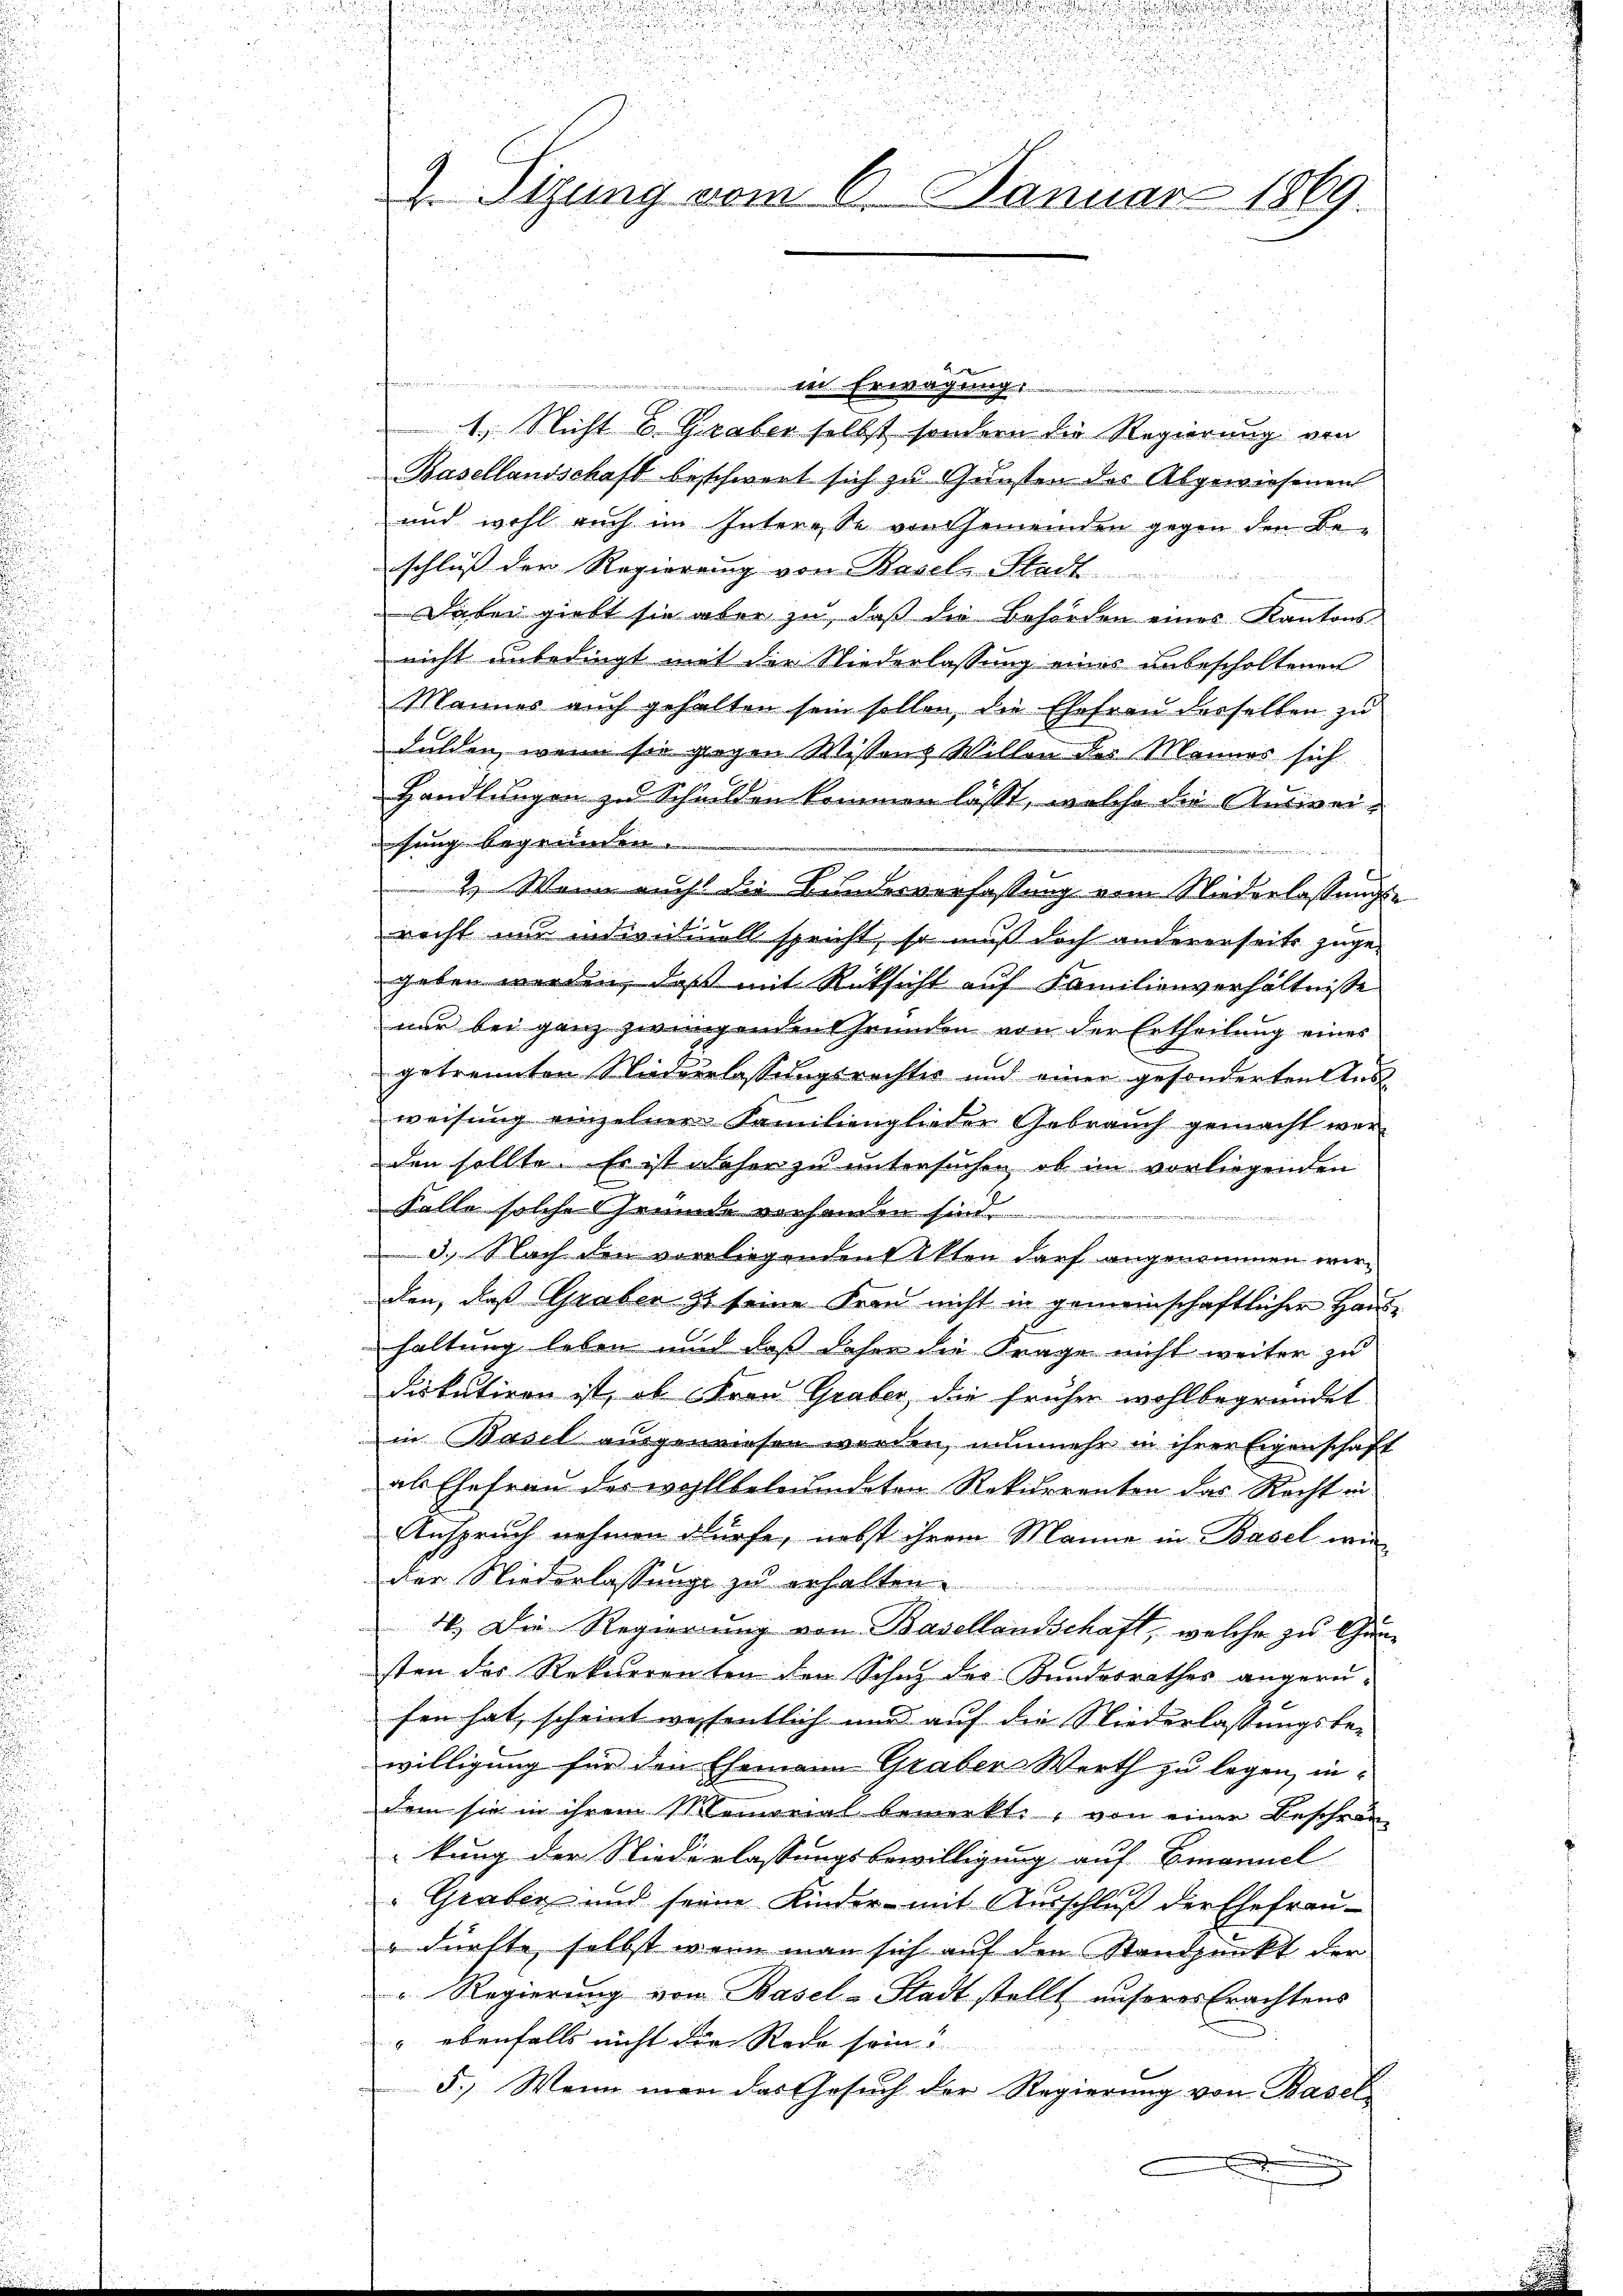
.

2. Sitzung vom 6. Januar 1869.

u

d
n

.
in Erwägung
a
1.) Nicht & Graber selbst sondern die Regierung von
Basellandschaft beschwert sich zu Gunsten des Abgewiesenen
und wohl auch im Interese von Gemeinden gegen den Beschluß der Regierung von Basel-Stadt
Dabei giebt sie aber zu, daß die Behörden eines Kantons
nicht unbedingt mit der Niederlassung eines unbescholtenen
Mannes auch gehalten sein sollen, die Ehefrau derselben zu
dulden, wenn sie gegen Wissens Willen des Männer sich
Handlungen zu Schulden kommen lasst, welche die Ausweiihung begründen.
2.) Wenn aucht die Bundesverfassung vom Niederlassungs-
recht nur individuell spricht, so muß doch andererseits zuge-
geben werden, daß mit Rücksicht auf Familienverhältnisse
nur bei ganz zwingenden Grunden von der Ertheilung eines
getrennten Niederlassungsrechter und einer gesonderten Aus
weisung einzelner Familienglieder Gebrauch gemacht wer
den sollte. Er ist daher zu untersuchen, ob im vorliegenden
Falle solche Gründe vorhanden sind.

d. Nach den vorliegenden Akten darf angenommen wir
den, daß Graber zu seine Frau nicht in gemeinschaftlicher Haushaltung leben und daß daher die Frage nicht weiter zu
diskutiren ist, ob Frau Graber, die früher wohlbegründet
in Basel ausgewiesen werden, nunmehr in ihrer Eigenschaft
als Ehefrau des wohllbeleumdeten Rekurrenten das Recht in
Anspruch nehmen dürfe, nebst ihrem Manne in Basel wi
der Niederlassung zu erhalten
10. Die Regierung von Basellausschaft, welche zu Gunsten des Rekurrenten den Schaz der Kundesrathes angerufen hat, scheint wesentlich und auf die Niederlassungsbe-
willigung für den Ehemann Graber Werth zu legen, in
dem sie in ihrem Memorial bemerkt, von einer Beschrän-
kung der Niederlassungsbewilligung auf Emanuel
: Graben und seine Kinder mit Ausschluß der Ehefrau-
 dürfte, selbst wenn man sich auf den Standpunkt der
" Regierung von Basel-Stadt stellt unseres Erachtens
" ebenfalls nicht die Rede sein!
5.) Wenn man das Gesuch der Regierung von Basel¬

d

s
u